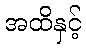
အထိနှင့်